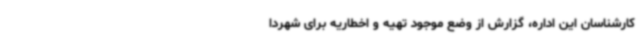
کارشناسان این اداره، گزارش از وضع موجود تهیه و اخطاریه برای شهردا